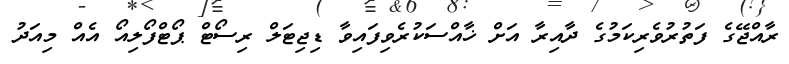
ރާއްޖޭގެ ފަތުރުވެރިކަމުގެ ދާއިރާ އަށް ޚާއްސަކުރެވިފައިވާ ޑިޖިޓަލް ރިސޯޓް ޕޯޓްފޯލިއޯ އެއް މިއަދު